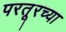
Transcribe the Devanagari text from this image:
परतूरच्या